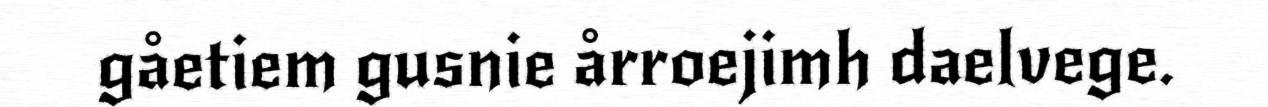
gåetiem gusnie årroejimh daelvege.